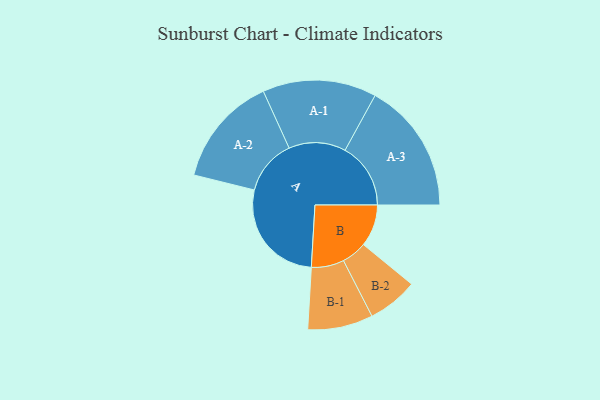
{"axis": {"x": "Segment", "y": "Value"}, "legend": ["", "A", "B"], "data": [{"x": "A", "y": 448, "type": ""}, {"x": "B", "y": 175, "type": ""}, {"x": "A-1", "y": 237, "type": "A"}, {"x": "A-2", "y": 230, "type": "A"}, {"x": "A-3", "y": 273, "type": "A"}, {"x": "B-1", "y": 136, "type": "B"}, {"x": "B-2", "y": 105, "type": "B"}]}